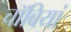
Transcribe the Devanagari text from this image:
चॉबियां